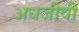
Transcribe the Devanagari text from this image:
अधजीवी